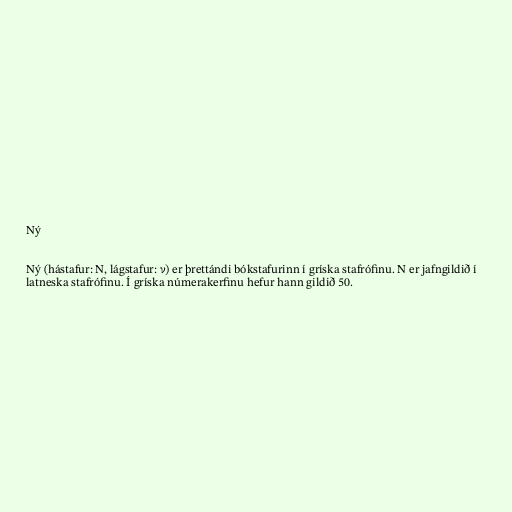
Ný

Ný (hástafur: Ν, lágstafur: ν) er þrettándi bókstafurinn í gríska stafrófinu. N er jafngildið í
latneska stafrófinu. Í gríska númerakerfinu hefur hann gildið 50.